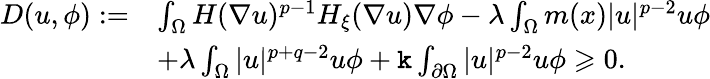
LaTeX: \begin{array}{rl}{D(u,\phi):=}&{\int_{\Omega}H(\nabla u)^{p-1}H_{\xi}(\nabla u)\nabla\phi-\lambda\int_{\Omega}m(x)|u|^{p-2}u\phi}\\ &{+\lambda\int_{\Omega}|u|^{p+q-2}u\phi+\mathtt k\int_{\partial\Omega}|u|^{p-2}u\phi\geqslant 0.}\end{array}